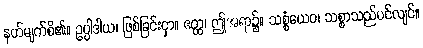
နတ်မျက်စိ၏။ ဥပ္ပါဒါယ၊ ဖြစ်ခြင်းငှာ။ ဧတ္ထ၊ ဤအရာ၌။ သစ္စံယေဝ၊ သစ္စာသည်ပင်လျင်။